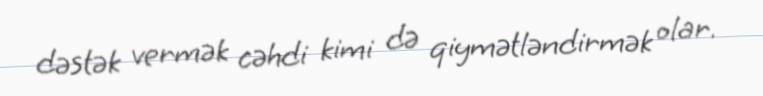
dəstək vermək cəhdi kimi də qiymətləndirmək olar.